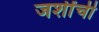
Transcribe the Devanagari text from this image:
जशींची